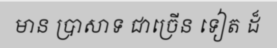
មាន ប្រាសាទ ជាច្រើន ទៀត ដ៏